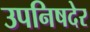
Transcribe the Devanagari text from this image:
उपनिषदेर